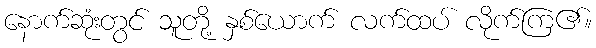
နောက်ဆုံးတွင် သူတို့ နှစ်ယောက် လက်ထပ် လိုက်ကြ၏။